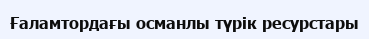
Ғаламтордағы османлы түрік ресурстары